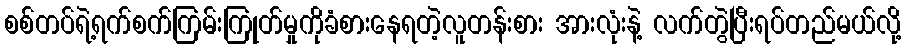
စစ်တပ်ရဲ့ရက်စက်ကြမ်းကြုတ်မှုကိုခံစားနေရတဲ့လူတန်းစား အားလုံးနဲ့ လက်တွဲပြီးရပ်တည်မယ်လို့